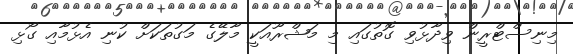
މިނިސްޓްރީން ވިދާޅުވި ގޮތުގައި މި މަޝްރޫއަކީ މާލޭގެ މަގުތަކަށް ކުނި އެޅުމާއި ގޯޅި